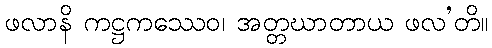
ဖလာနိ ကဋ္ဌကဿေဝ၊ အတ္တဃာတာယ ဖလ’တိ။